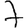
Digit: 7